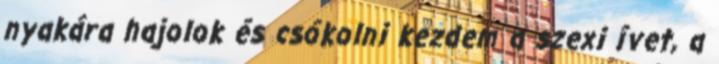
nyakára hajolok és csókolni kezdem a szexi ívet, a